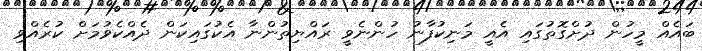
ބައެއް މީހުން ދުށްގޮތުގައި އެއީ މަނިކުފާނު ހުންނެވީ ރައްޔިތުންނާ އެކުގައިކަން ދެއްކެވުމަށް ކުރެއްވި